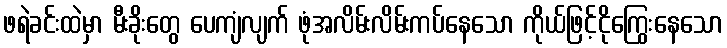
ဖရဲခင်းထဲမှာ မီးခိုးတွေ ပေကျံလျက် ဖုံအလိမ်းလိမ်းကပ်နေသော ကိုယ်ဖြင့်ငိုကြွေးနေသော